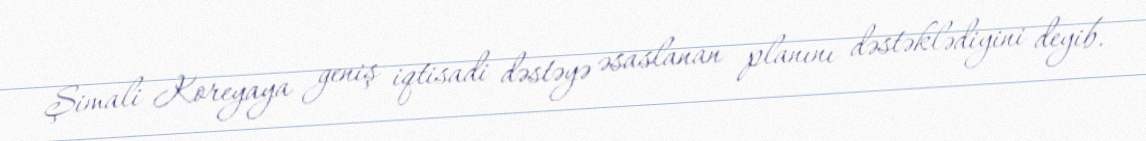
Şimali Koreyaya geniş iqtisadi dəstəyə əsaslanan planını dəstəklədiyini deyib.